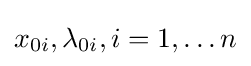
x_{0i},\lambda _{0i},i=1,\dots n